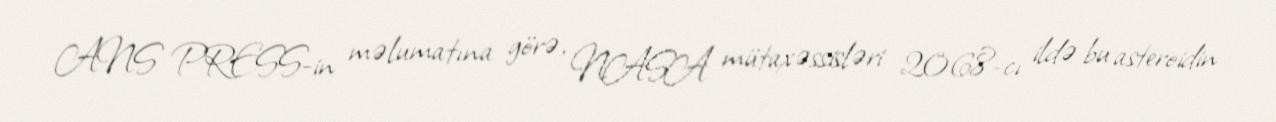
ANS PRESS-in məlumatına görə, NASA mütaxəssisləri 2068-cı ildə bu asteroidin